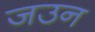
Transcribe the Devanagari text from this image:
जउन